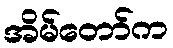
အိမ်တော်က